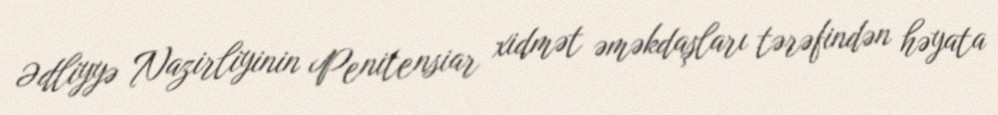
Ədliyyə Nazirliyinin Penitensiar xidmət əməkdaşları tərəfindən həyata